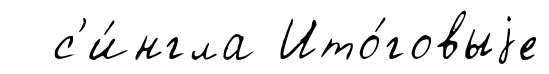
с'и́нгла Ито́говыjе